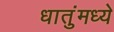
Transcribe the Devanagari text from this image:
धातुंमध्ये